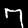
Label: 7